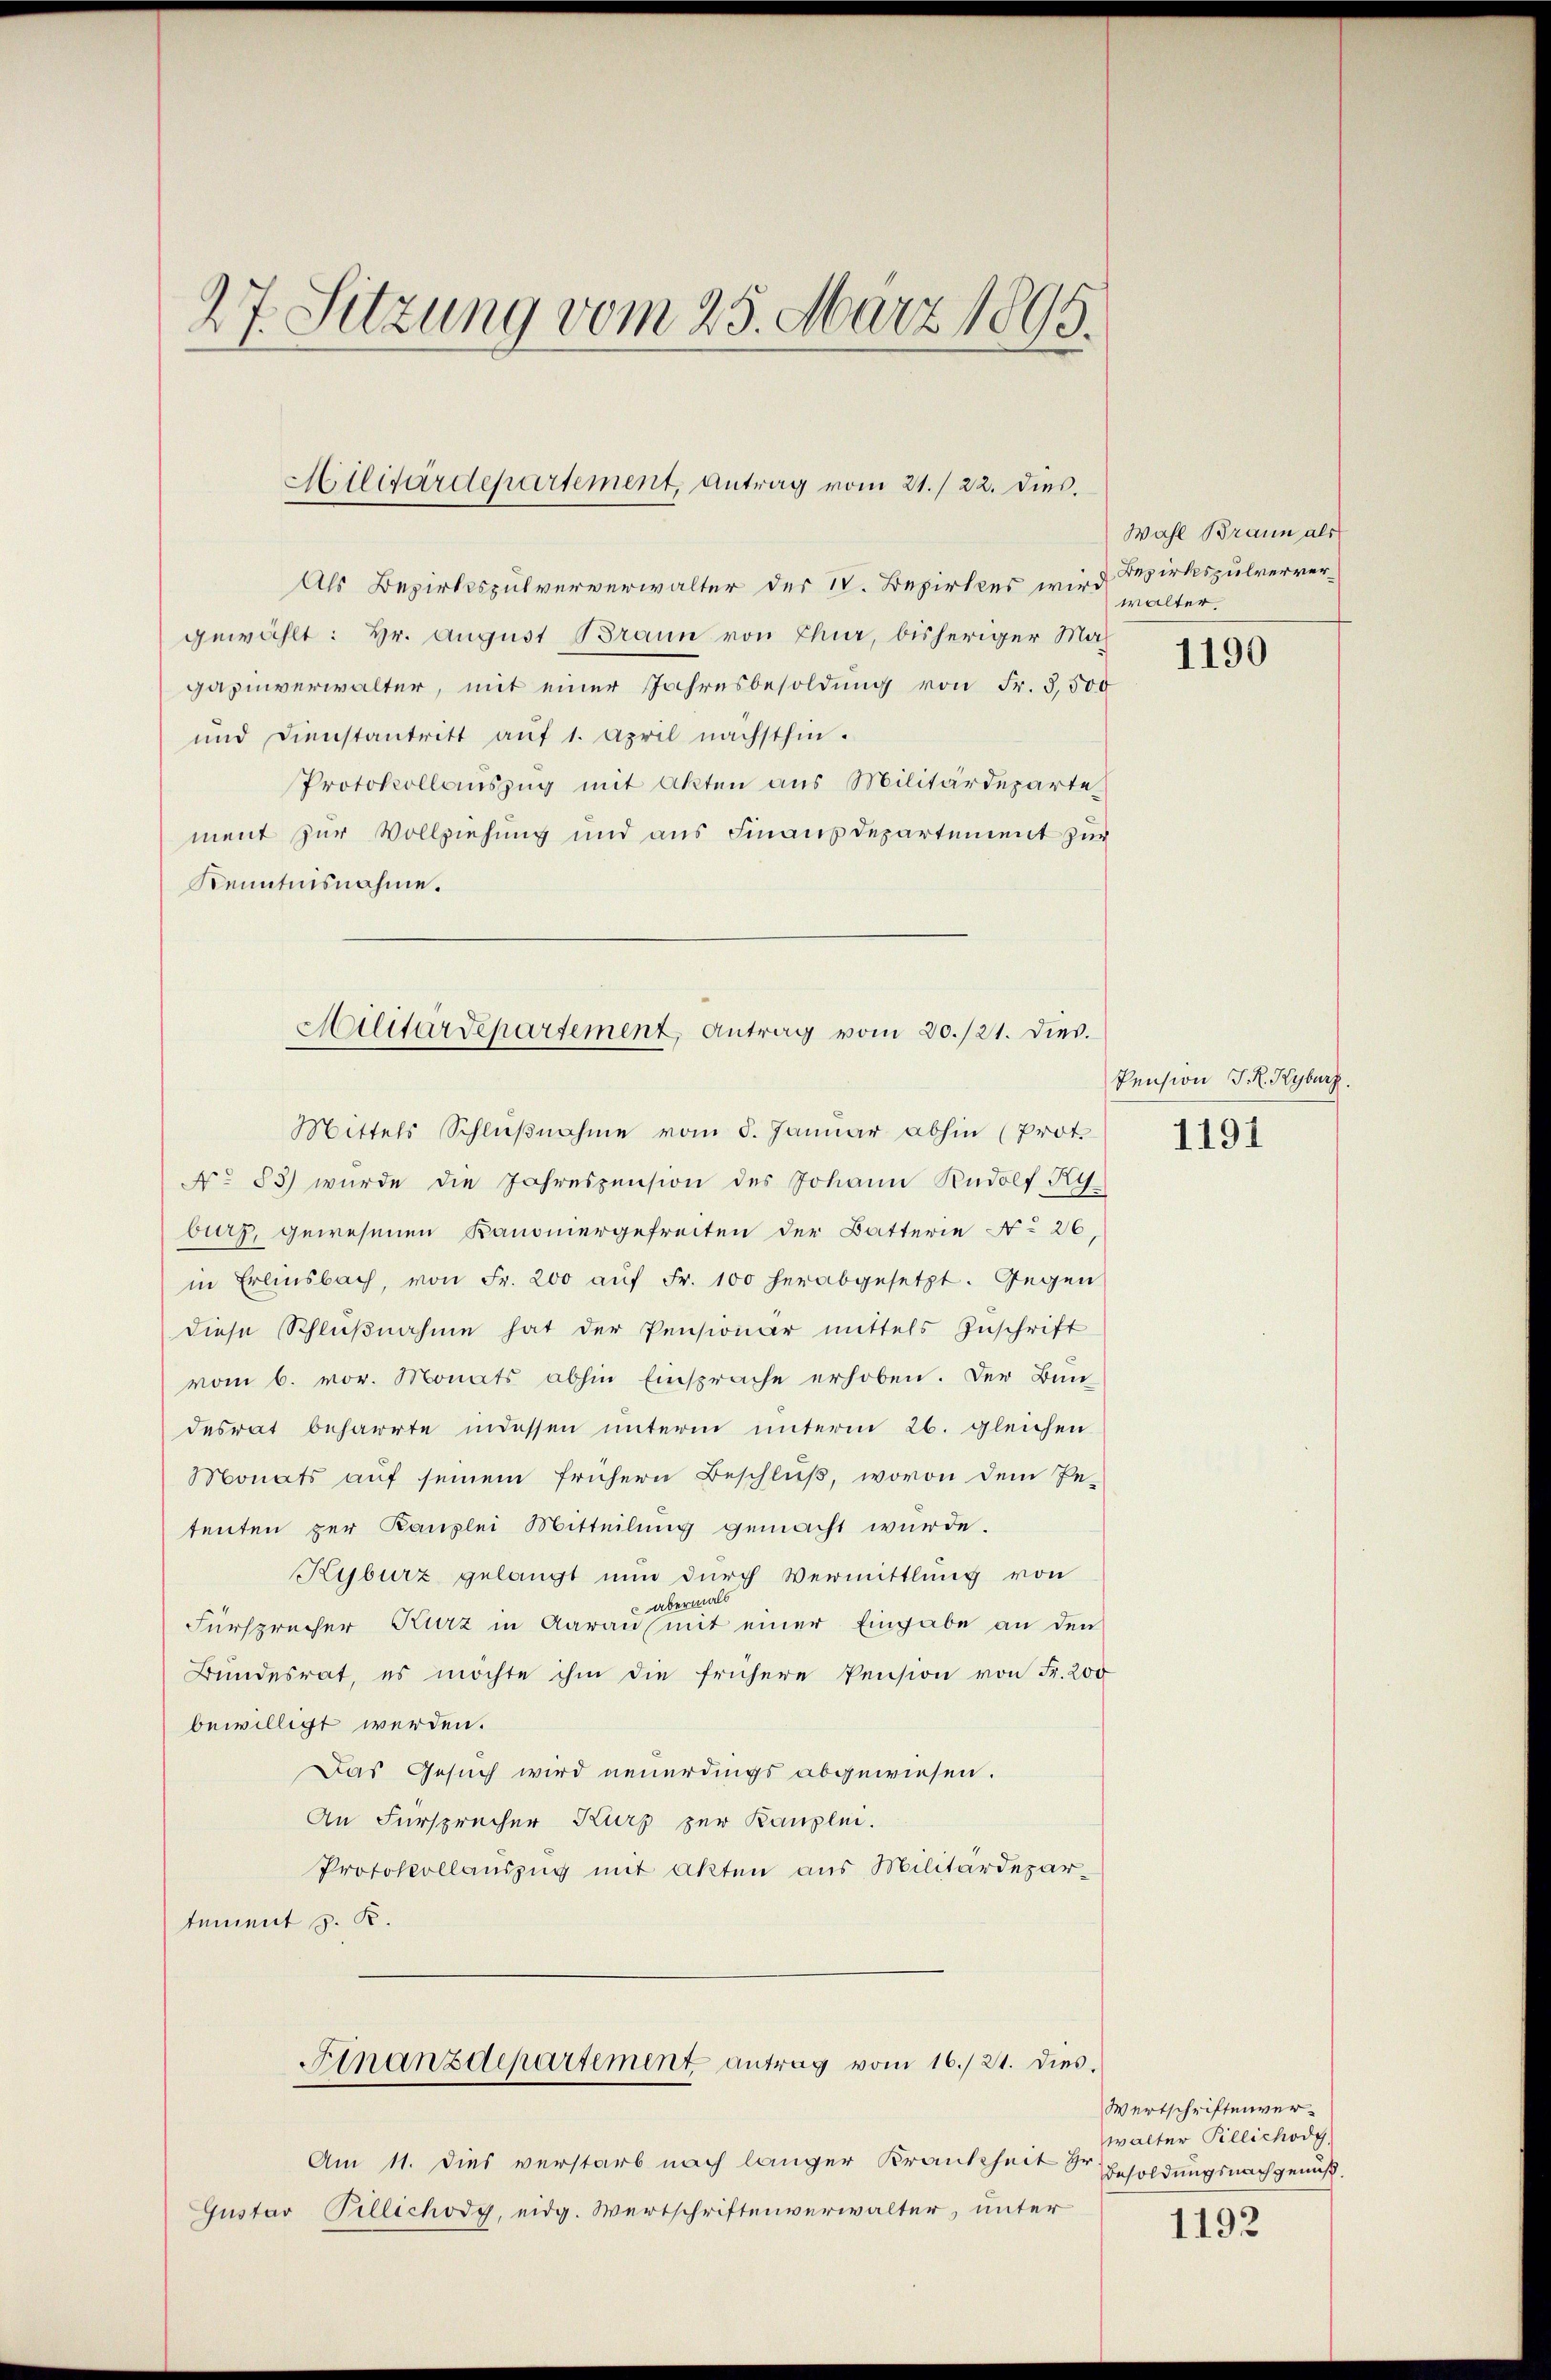
27. Sitzung vom 25. März 1895.

Hillitärdepartement, Antrag vom 21./22. dies

Als Bezirksspulververwalter der IV. Bezirkes wird Bezirkspulververgewählt: Hr. August Braun von Chur, bisheriger Magazinverwalter, mit einer Jahresbesoldung von Fr. 3,500
und Dienstantritt aŭf 1. April nächsthin.
Protokollauszug mit Akten aus Militärdeparte
ment zur Vollziehung und aus Finanzdepartement zur
Kenntnisnahme.

Militärdepartement, Antrag vom 20./21. dies.
Mittels Schlŭβnahme vom 5. Januar abhin (prot.

No 83) wurde die Jahrespension des Johann Rudolf Ky
burg, gewesenen Kanoniergefreiten der Batterie No 26,
in Erlinsbach, von Fr. 200 aŭf Fr. 100 herabgesetzt. Gegen
diese Schlŭβnahme hat der Pensionär mittels Zuschrift
vom 6. vor. Monats abhin Einsprache erhoben. Der Bun-
desrat beharrte indessen unterm unterm 26. gleichen
Monats auf seinem frühern Beschluß, wovon dem Pe-
tenten zur Kanzlei Mitteilung gemacht wurde.
Kyburz gelangt nun durch Vermittlung von
 abermals
Fürsprecher Kurz in Aaraus mit einer Eingabe an den
Bundesrat, es möchte ihm die frühere Pension von Fr. 200
bewilligt werden.
Das Gesuch wird neuerdings abgewiesen.
An Fürsprecher Kurz zur Kanzlei.
Protokollaŭszŭg mit Akten aus Militärdepar-
tement 5. R.
Finanzdepartement antrag vom 16./21. dies.
Am 11. Dies verstarb nach langer Krankheit der Besoldungsnachgemisch.
Gustav Pillichody, eidg. Wertschriftenverwalter, unter

Wahl Braun als
walter.

1190

Pension J. K. Kyburg.

1191

Wertschriftenverwalter Pillichody,

1192